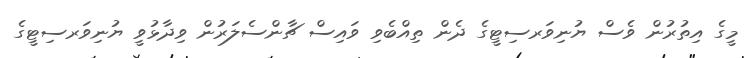
މީގެ އިތުރުން ވެސް ޔުނިވަރސިޓީގެ ދެން ތިއްބެވި ވައިސް ޗާންސެލަރުން ވިދާޅުވީ ޔުނިވަރސިޓީގެ